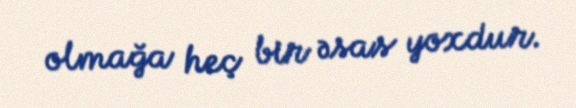
olmağa heç bir əsas yoxdur.